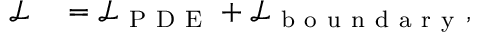
\begin{array} { r l } { \mathcal { L } } & { { } = \mathcal { L } _ { \mathrm { ~ P ~ D ~ E ~ } } + \mathcal { L } _ { \mathrm { ~ b ~ o ~ u ~ n ~ d ~ a ~ r ~ y ~ } } , } \end{array}